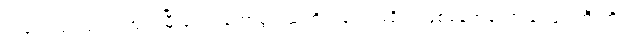
ကလေးရွဲ လျက် ကြက်မြီးရွှေကတော့စွပ် ဆံတိုကလေးဖရိုဖရဲဖြစ်နေရှာသော ခင်ခင်ကြီးကို